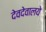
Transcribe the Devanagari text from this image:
देवदेवालये